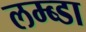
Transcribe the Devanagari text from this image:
लम्ब्डा